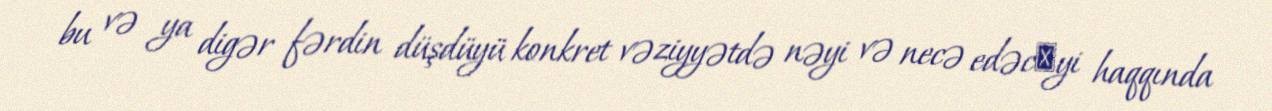
bu və ya digər fərdin düşdüyü konkret vəziyyətdə nəyi və necə edəcәyi haqqında